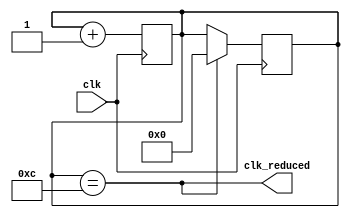
// This program was cloned from: https://github.com/alexpaniman/drec-fpga-intro
// License: GNU General Public License v2.0

module clk_div#(parameter X = 12)(input wire clk, output wire clk_reduced);
   reg [$clog2(X):0] counter = 0;

   assign clk_reduced = counter == X;

   always @(posedge clk)
     begin
        counter <= counter + 1;
     end

   always @(negedge clk)
     begin
        if (clk_reduced)
          counter <= 0;
     end
endmodule